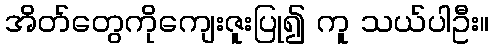
အိတ်တွေကိုကျေးဇူးပြု၍ ကူ သယ်ပါဦး။